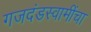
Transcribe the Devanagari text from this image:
गजदंडस्वामींचा